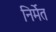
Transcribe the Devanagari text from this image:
निर्मेत